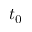
t _ { 0 }